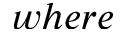
w h e r e